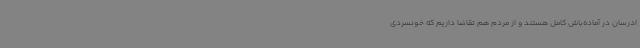
ادرسان در آماده‌باش کامل هستند و از مردم هم تقاضا داریم که خونسردی